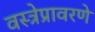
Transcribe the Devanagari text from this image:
वस्त्रेप्रावरणे